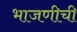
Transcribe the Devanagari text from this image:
भाजणीची